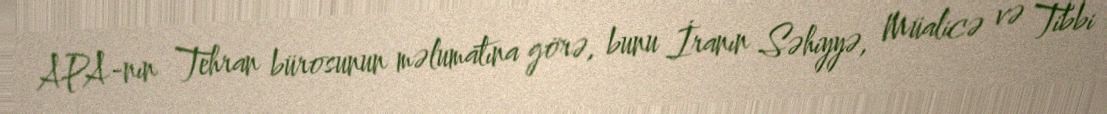
APA-nın Tehran bürosunun məlumatına görə, bunu İranın Səhiyyə, Müalicə və Tibbi